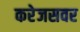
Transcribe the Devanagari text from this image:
करेजसवर